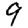
Digit: 9